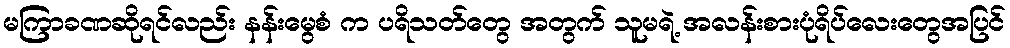
မကြာခဏဆိုရင်လည်း နန်းမွေစံ က ပရိသတ်တွေ အတွက် သူမရဲ့ အလန်းစားပုံရိပ်လေးတွေအပြင်